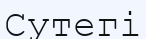
Сутегі